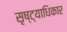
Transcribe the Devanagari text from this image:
सृष्ट्याधिकार